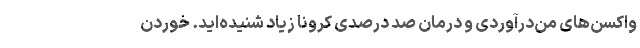
واکسن‌های من‌درآوردی و درمان صد درصدی کرونا زیاد شنیده‌اید. خوردن